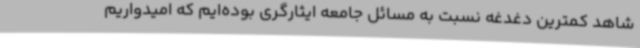
شاهد کمترین دغدغه نسبت به مسائل جامعه ایثارگری بوده‌ایم که امیدواریم